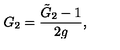
G _ { 2 } = \frac { { \tilde { G } } _ { 2 } - 1 } { 2 g } ,